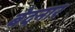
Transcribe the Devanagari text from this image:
बेदनार